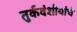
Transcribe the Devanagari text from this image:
तुर्कवंशीयांचे